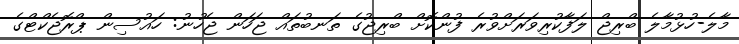
މާލެ-ހުޅުމާލެ ބްރިޖް ލަފާކުރިވަރަށްވުރެ ފުންކޮށް ބްރިޖުގެ ތަނބުތައް ޖަހަން ޖެހުނު: ހައުސިން ޕްރޮޖެކްޓްގެ